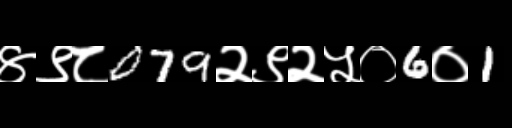
Text: ४९८079२९२५०6०1